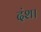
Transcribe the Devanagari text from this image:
दंश।